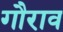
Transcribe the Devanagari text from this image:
गौराव